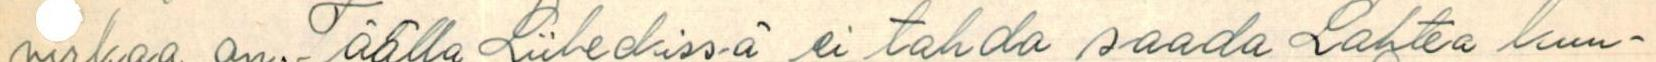
virkaa on. Täällä Lübeckissä ei tahdo saada Lahtea kuu-